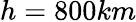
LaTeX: h=800km